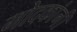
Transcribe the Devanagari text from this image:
मोदकांनी